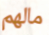
مالهم